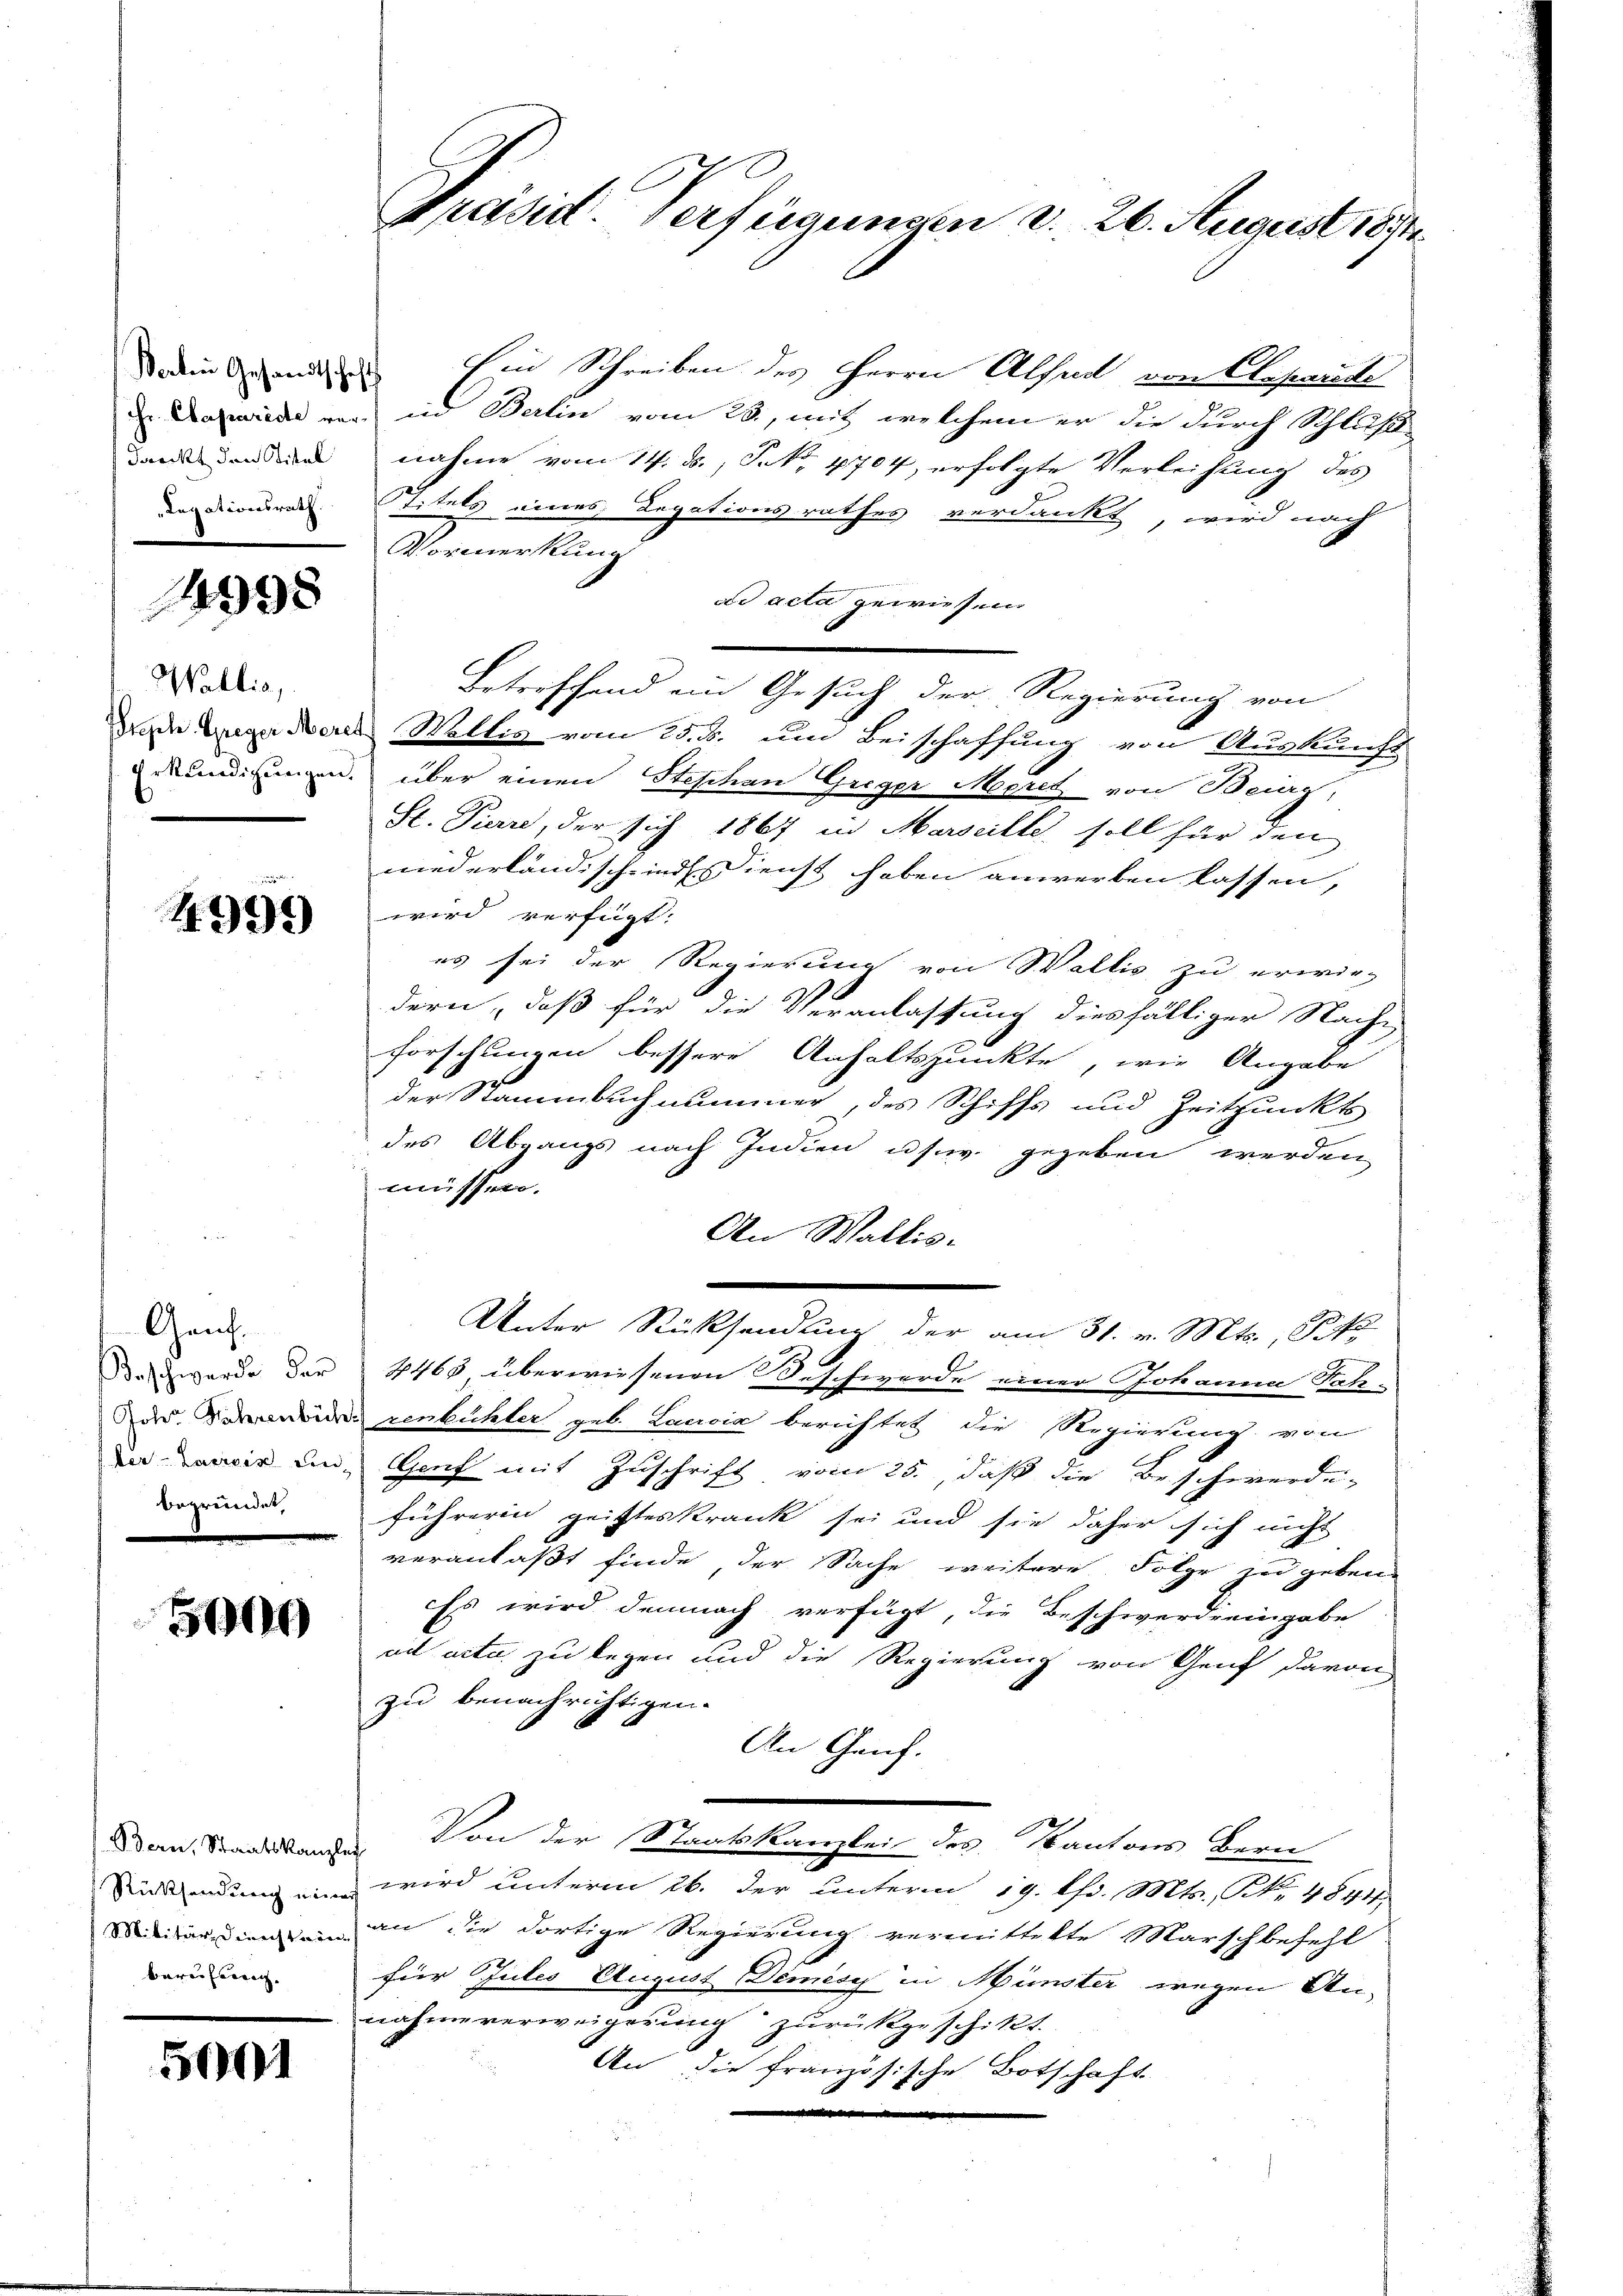
14998

Wallis,

4999

Genf.
begründet,

5900

bare fernen- |

5001

drei beendin Ein Schreiben des Herrn Absud von Cesarik
Dawerde von in Berlin vom 23., mit welchem er die durch Schluß
dan den und nahme vom 14. ds., S. No. 4704, erfolgte Verleihung des
desdieneren Titels eines Legationsrathes verdankt, wird nach
Vormerkung
ad acta gewiesen
Betreffend im Gesuch der Regierung von
deie Lage das Weltig vom 25. ds. um Beischaffung von Auskunft
rkundigungen. über einen Steschen Greger Morel von Beig,
St. Pierre, der sich 1867 in Marseille soll für den
niederländischein Dienst haben anwerben lassen,
wird verfügt:
es sei der Regierung von Wallis zu erwir-
.
dern, daß für die Veranlassung diesfälliger Nach-
forschungen bessere Anhaltspunkte, wie Angabe
der Stammbuch nimmer, des Schiffs und Zeitpunkt
des Abgangs nach Indien usw. gegeben werden,
müssen.
An Wallis.
Unter Rücksendung der am 31. v. Mts., Pfe
Dawerde der 4463 überwiesenen Beschwerde einer Johanna Sah-
durenbuhler geb. Lauria berichtet die Regierung von
d wir in Genf mit Zuschrift vom 25. daß die Beschwerde-
führerin geisteskrank sei und sie daher sich nicht
veranlaßt finde, der Sache weitere Folge zu geben.
Es wird demnach verfügt, die Beschwerdeeingabe
ad acta zu legen und die Regierung von Genf davon
zu benachrichtigen.
An Genf.
Dan. Staatsstanden Von der Staatskanzlei des Kantons Bern
Eisendung ein wird unterm 26. der unterm 19. Chr. Mts., Nr. 4844,
iardienzen an die dortige Regierung vermittelte Marschbefehl
für Jules August Dimisch in Münster wegen An-
nahme verweigerung zurückgeschikt.
An die französische Botschaft
.

Präsid. Verfügungen d. 26. August 1891